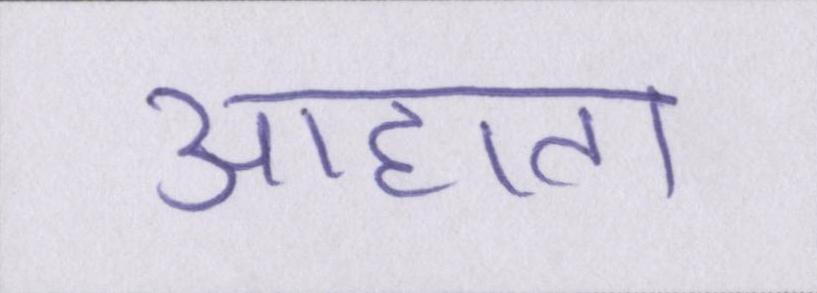
आहाता